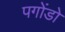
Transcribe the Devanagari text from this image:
पगोंडो